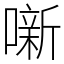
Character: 噺